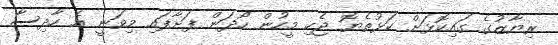
ރިޔާޒުގެ ގައިކޮޅަށް ކަޅުތެޔޮ ޖެހި މީހުން ހޯދަން ފަށާފައި މިވަނީ އެ ހާދިސާ